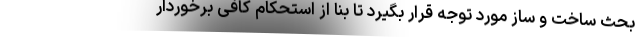
بحث ساخت و ساز مورد توجه قرار بگیرد تا بنا از استحکام کافی برخوردار